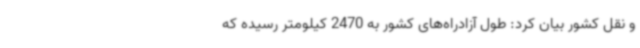
و نقل کشور بیان کرد: طول آزادراه‌های کشور به 2470 کیلومتر رسیده که